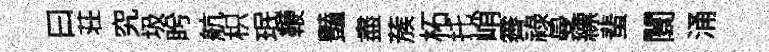
曰荘究圾盻航枳珉鞭豔盡蔟柘托峭霽禄曼縹蜚闤涌